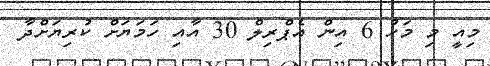
މިއީ މި މަހު 6 އިން އެޕްރިލް 30 އާއި ހަމަޔަށް ކުރިޔަށްދާ